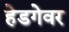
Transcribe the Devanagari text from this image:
हेडगेवर